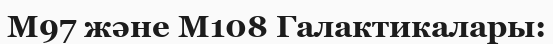
M97 және M108 Галактикалары: